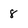
Character: 8